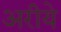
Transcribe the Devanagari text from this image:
अरीये